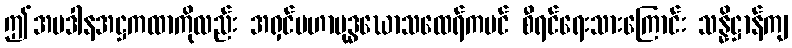
ဤအပဒါနအဋ္ဌကထာကိုလည်း အရှင်မဟာဗုဒ္ဓဃောသထေရ်ကပင် စီရင်ရေးသားကြောင်း သန္နိဋ္ဌာန်ကျ